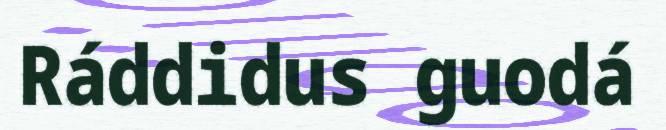
Ráddidus guodá